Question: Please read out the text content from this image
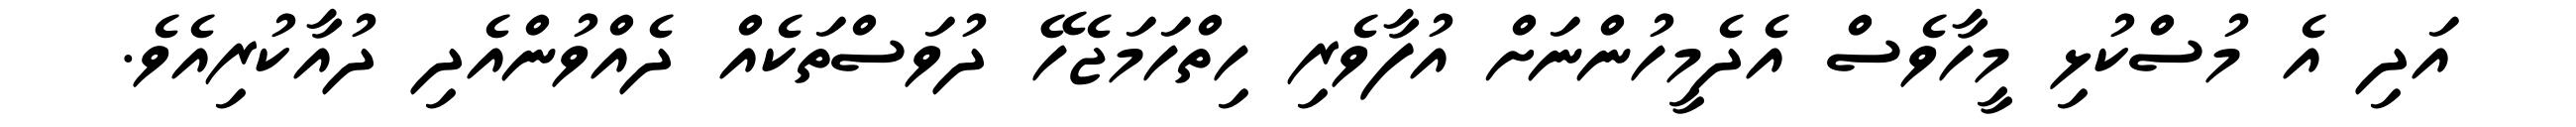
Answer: އަދި އެ މުސްކުޅި މީހާވެސް އެދެމީހުންނަށް އުފާވެރި ހިތްހަމަޖެހޭ ދުވަސްތަކެއް ދެއްވުންއެދި ދުއާކުރިއެވެ.